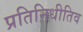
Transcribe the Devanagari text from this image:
प्रतिनिधीतिव